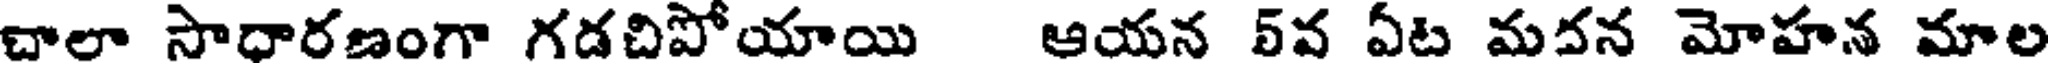
చాలా సాధారణంగా గడచిపోయాయి ఆయన 5వ ఏట మవన మోహన మాల